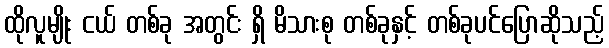
ထိုလူမျိုး ငယ် တစ်ခု အတွင်း ရှိ မိသားစု တစ်ခုနှင့် တစ်ခုပင်ပြောဆိုသည့်